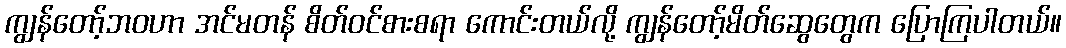
ကျွန်တော့်ဘဝဟာ အင်မတန် စိတ်ဝင်စားစရာ ကောင်းတယ်လို့ ကျွန်တော့်မိတ်ဆွေတွေက ပြောကြပါတယ်။